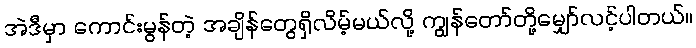
အဲဒီမှာ ကောင်းမွန်တဲ့ အချိန်တွေရှိလိမ့်မယ်လို့ ကျွန်တော်တို့မျှော်လင့်ပါတယ်။